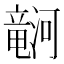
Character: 𪷹